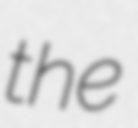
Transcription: the